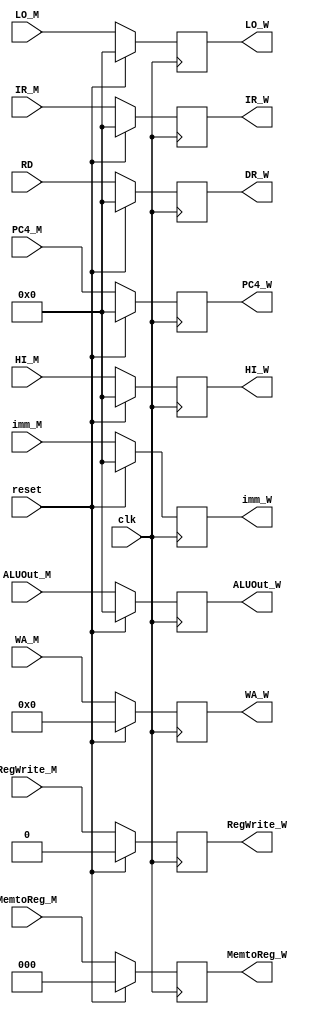
`timescale 1ns / 1ps
//////////////////////////////////////////////////////////////////////////////////
module W_pipe_reg(
    input clk,
    input reset,
    input [31:0] PC4_M,
	 input [31:0] IR_M,
    input [31:0] ALUOut_M,
	 input [31:0] imm_M,
    input [31:0] RD,//DM
	 input [4:0] WA_M,
	 input [31:0] HI_M,
	 input [31:0] LO_M,
	 
	 input RegWrite_M,
	 input [2:0] MemtoReg_M,
	 
    output reg [31:0] PC4_W,
	 output reg [31:0] IR_W,
    output reg [31:0] ALUOut_W,
	 output reg [31:0] imm_W,
    output reg [31:0] DR_W,
	 output reg [4:0] WA_W,
	 output reg [31:0] HI_W,
	 output reg [31:0] LO_W,
	 
	 output reg RegWrite_W,
	 output reg [2:0] MemtoReg_W
    );
	 
	 initial
	 begin
		    IR_W=0;
			 PC4_W=32'h00003000;
			 ALUOut_W=0;
			 imm_W=0;
			 DR_W=0;
			 WA_W=0;
			 HI_W=0;
			 LO_W=0;
			 
			 RegWrite_W=0;
			 MemtoReg_W=0;
		 end
	 
	 always @(posedge clk)
	 begin
	    if(reset==1)
		 begin
		    IR_W=0;
			 PC4_W=0;
			 ALUOut_W=0;
			 imm_W=0;
			 DR_W=0;
			 WA_W=0;
			 HI_W=0;
			 LO_W=0;
			 
			 RegWrite_W=0;
			 MemtoReg_W=0;
		 end
		 
		 else
		 begin
		    IR_W=IR_M;
			 PC4_W=PC4_M;
			 ALUOut_W=ALUOut_M;
			 imm_W=imm_M;
			 DR_W=RD;
			 WA_W=WA_M;
			 HI_W=HI_M;
			 LO_W=LO_M;
			 
			 RegWrite_W=RegWrite_M;
			 MemtoReg_W=MemtoReg_M;
		 end
	 end

endmodule